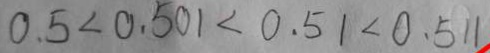
0 . 5 < 0 . 5 0 1 < 0 . 5 1 < 0 . 5 1 1